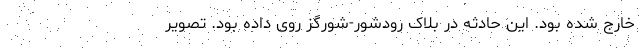
خارج شده بود. این حادثه در بلاک رودشور-شورگز روی داده بود. تصویر